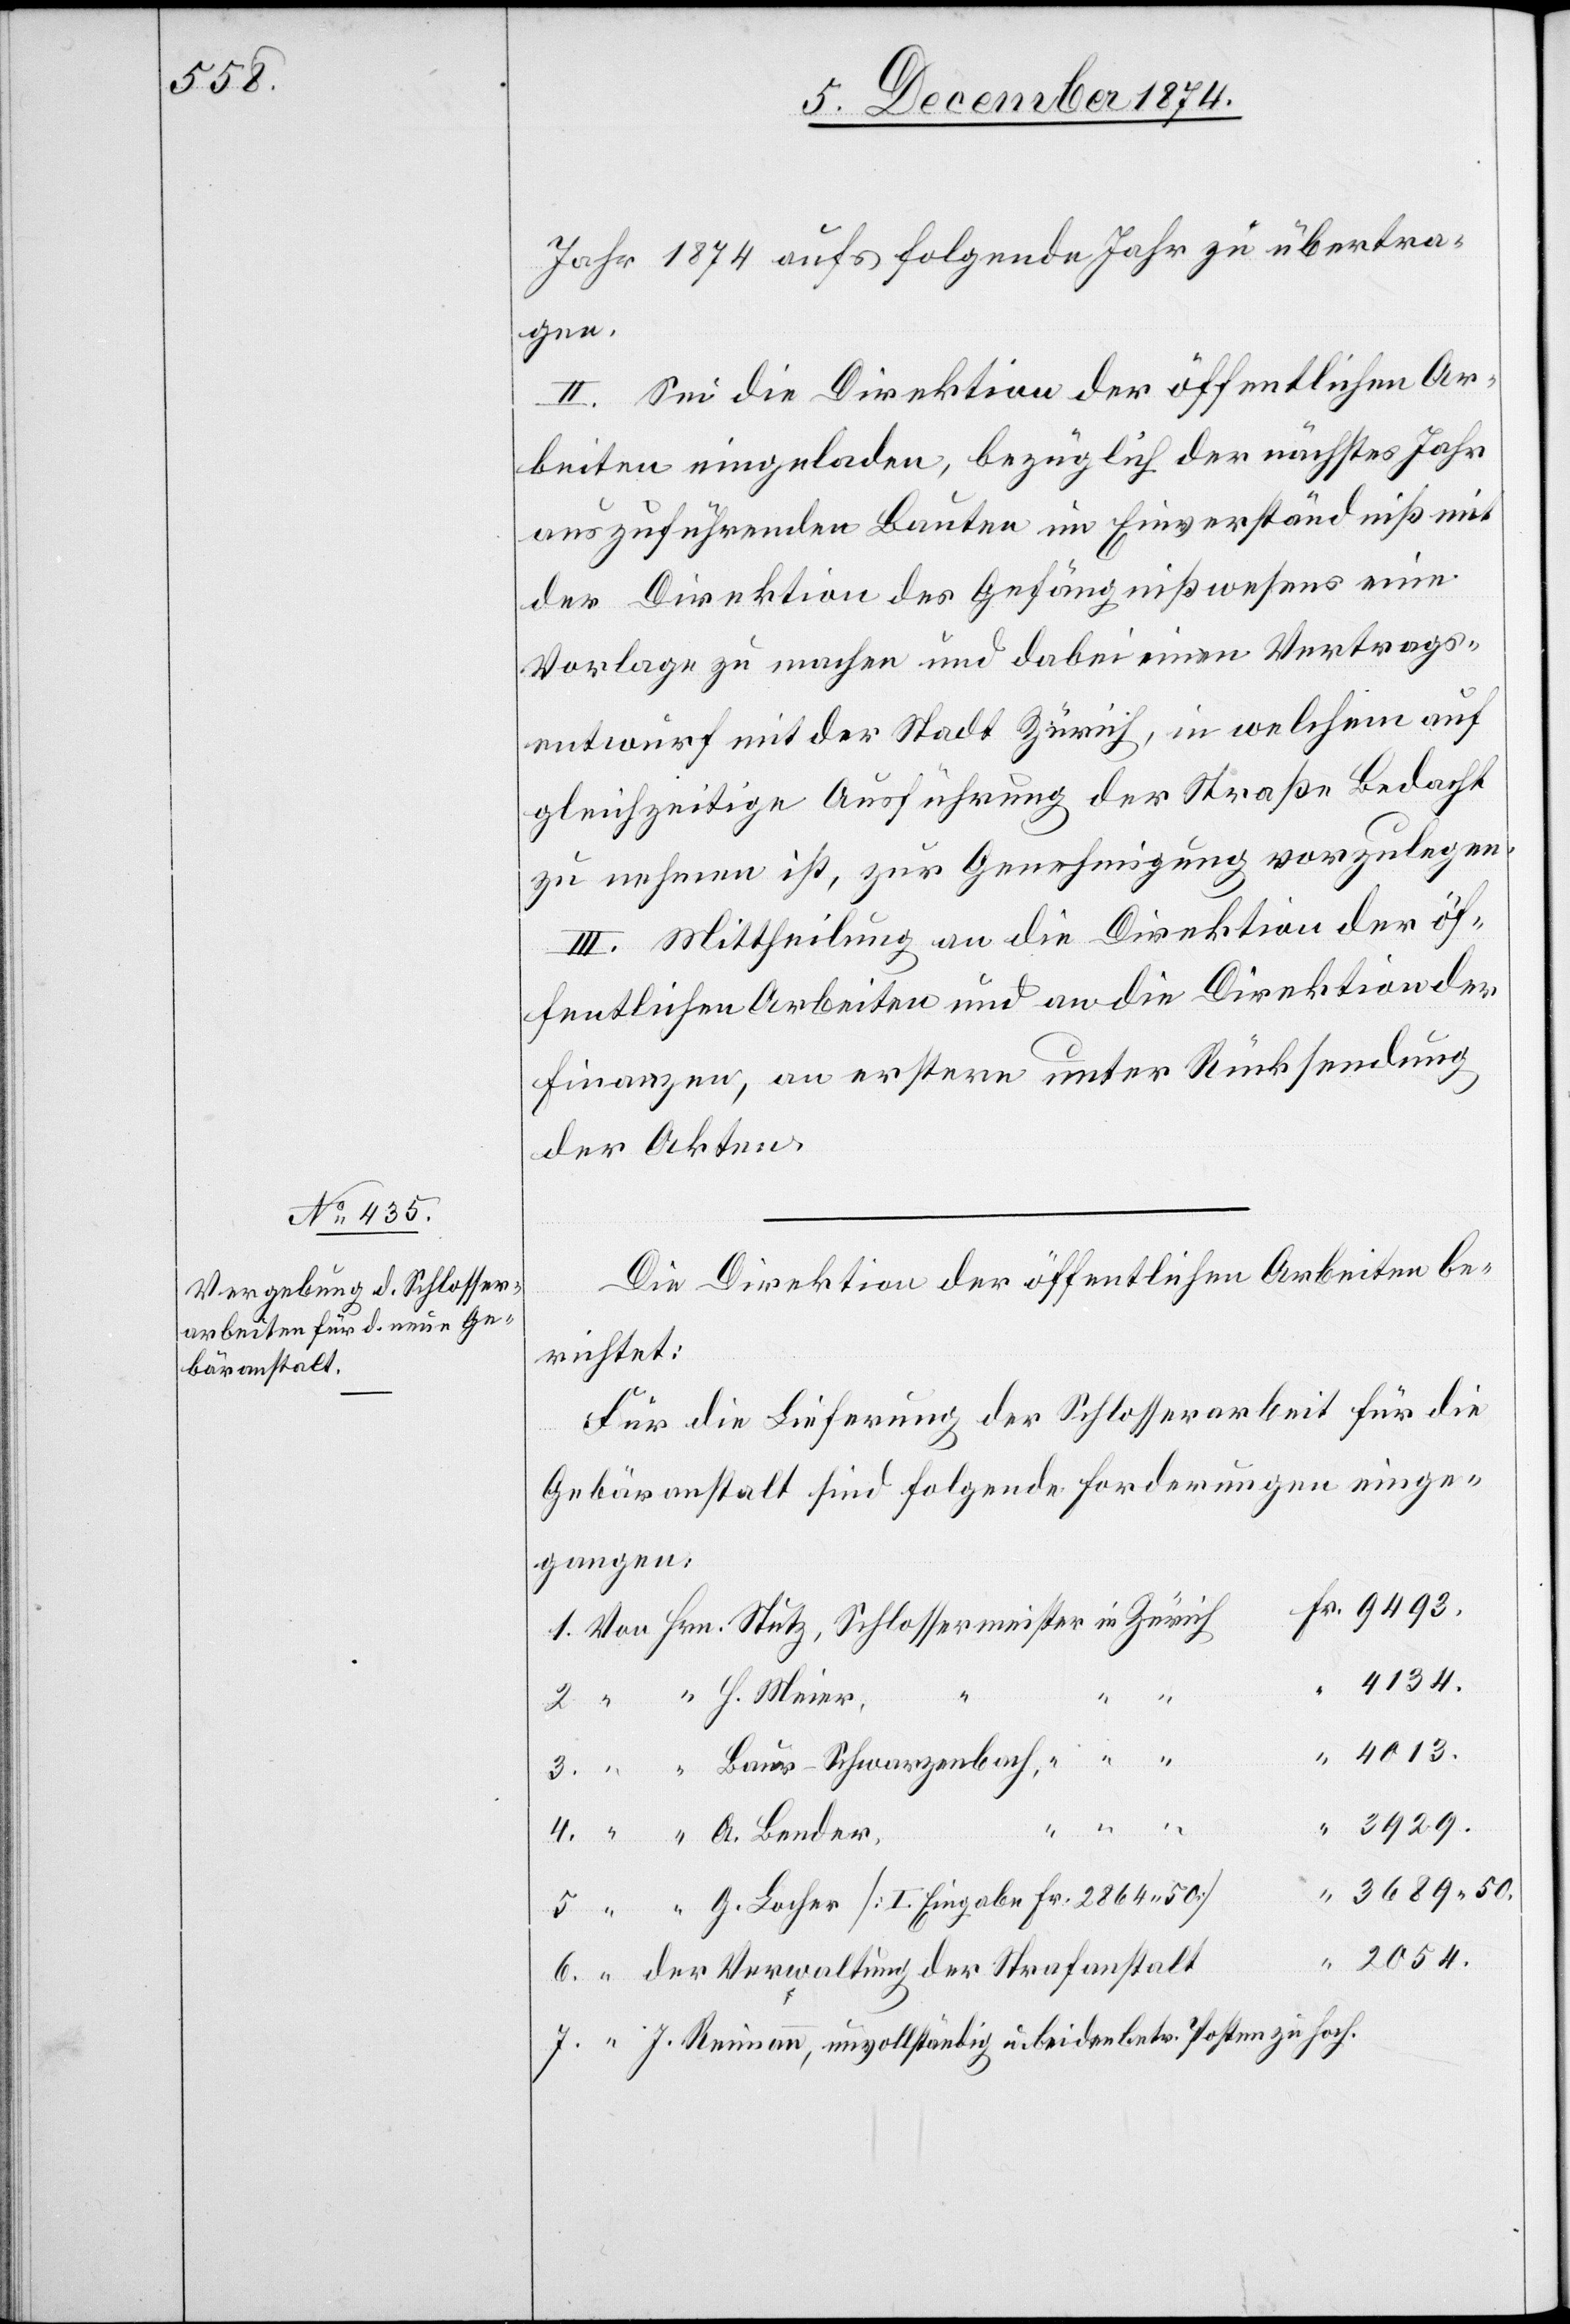
2054.

Jahr 1874 aufs folgende Jahr zu übertra¬
gen.
II. Sei die Direktion der öffentlichen Ar¬
beiten eingeladen, bezüglich der nächstes Jahr
auszuführenden Bauten im Einverständniß mit
der Direktion des Gefängnißwesens eine
Vorlage zu machen und dabei einen Vertrags¬
entwurf mit der Stadt Zürich, in welchem auf
gleichzeitige Ausführung der Straße Bedacht
zu nehmen ist, zur Genehmigung vorzulegen.
III. Mittheilung an die Direktion der öf¬
fentlichen Arbeiten und an die Direktion der
Finanzen, an erstere unter Rücksendung
der Akten.
Die Direktion der öffentlichen Arbeiten be¬
richtet:
Für die Lieferung der Schlosserarbeit für die
Gebäranstalt sind folgende Forderungen einge¬
gangen:
4134.
“
4.
3929.
5.
3689.50
G. Locher [I. Eingabe Fr. 2864.50]
J. Reimann, unvollständig u. bei den betr. Posten zu hoch.